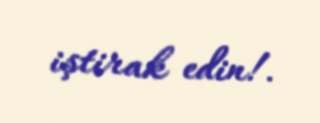
iştirak edin!.